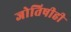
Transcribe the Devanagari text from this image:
जोतिषीही